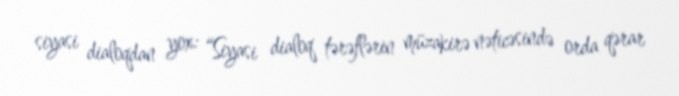
siyasi dialoqdan yox: “Siyasi dialoq tərəflərin müzakirə nəticəsində orda qərar